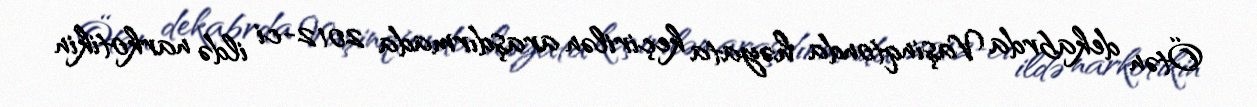
Ötən dekabrda Vaşinqtonda həyata keçirilən araşdırmada 2012-ci ildə narkotikin